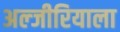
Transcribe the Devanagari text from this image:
अल्जीरियाला